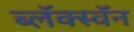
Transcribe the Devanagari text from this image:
ब्लॅक्स्वॅन